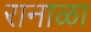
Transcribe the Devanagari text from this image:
रानाळा